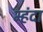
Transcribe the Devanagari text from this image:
म्हंदा